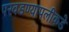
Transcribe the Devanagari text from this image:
परवडण्यापलीकडे